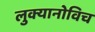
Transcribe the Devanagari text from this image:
लुक्यानोविच